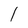
Character: I